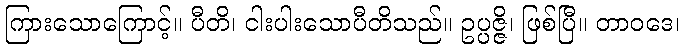
ကြားသောကြောင့်။ ပီတိ၊ ငါးပါးသောပီတိသည်။ ဥပ္ပဇ္ဇိ၊ ဖြစ်ပြီ။ တာဝဒေ၊